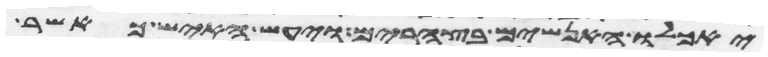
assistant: יאכלו האנשים בצהרים ויעש האיש כאשר